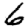
Digit: 6